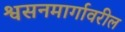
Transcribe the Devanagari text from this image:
श्वसनमार्गावरील